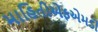
માહિતીએફએમડી